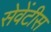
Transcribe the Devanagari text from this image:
सेवेंटीस